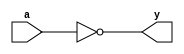
module _inv(a,y); //inverter gate
  input a;
  output y;
  assign y=~a; //NOT operation
endmodule

module _buf(a,y); //buffer gate
  input a;
  output y;
  assign y=a;
endmodule

module _nand2(a,b,y); //2-to-1 NAND gate
  input a,b;
  output y;
  assign y=~(a&b); //NAND operation
endmodule

module _nand3(a,b,c,y); //3-to-1 NAND gate
  input a,b,c;
  output y;
  assign y=~(a&b&c); //NAND operation
endmodule

module _and2(a,b,y); //2-to-1 AND gate
  input a,b;
  output y;
  assign y=a&b; //AND operation
endmodule


module _or2(a,b,y); //2-to-1 OR gate
  input a,b;
  output y;
  assign y=a|b; //OR operation
endmodule


module _nor3(a,b,c,y); //3-to-1 NOR gate
  input a,b,c;
  output y;
  assign y=~(a|b|c); //NOR operation
endmodule


module _xor2(a,b,y); //2-to-1 XOR gate
  input a,b;
  output y;
  wire inv_a, inv_b;
  wire w0, w1;
  
  _inv U0_inv(.a(a), .y(inv_a)); //inverter module instance
  _inv U1_inv(.a(b), .y(inv_b));
  
  _and2 U2_and(.a(inv_a), .b(b), .y(w0)); //AND module instance
  _and2 U3_and(.a(a), .b(inv_b), .y(w1));
  
  _or2 U4_or(.a(w0), .b(w1), .y(y)); //OR module instance
endmodule


module _and3(a,b,c,y); //3-to-1 AND gate
  input a,b,c;
  output y;
  assign y=a&b&c; //AND operation
endmodule


module _and4(a,b,c,d,y); //4-to-1 AND gate
  input a,b,c,d;
  output y;
  assign y=a&b&c&d; //AND operation
endmodule


module _and5(a,b,c,d,e,y); //5-to-1 AND gate
  input a,b,c,d,e;
  output y;
  assign y=a&b&c&d&e; //AND operation
endmodule


module _or3(a,b,c,y); //3-to-1 OR gate
  input a,b,c;
  output y;
  assign y=a|b|c; //OR operation
endmodule


module _or4(a,b,c,d,y); //4-to-1 OR gate
  input a,b,c,d;
  output y;
  assign y=a|b|c|d; //OR operation
endmodule


module _or5(a,b,c,d,e,y); //5-to-1 OR gate
  input a,b,c,d,e;
  output y;
  assign y=a|b|c|d|e; //OR operation
endmodule


module _inv_4bits(a,y); //4 bits inverter
  input [3:0] a;
  output [3:0] y;
  assign y=~a; 
endmodule


module _and2_4bits(a,b,y); //4 bits 2-to-1 and gate
  input [3:0] a,b;
  output [3:0] y; 
  assign y=a&b; 
endmodule


module _or2_4bits(a,b,y); //4 bits 2-to-1 or gate
  input [3:0] a,b; 
  output [3:0] y; 
  assign y=a|b;
endmodule


module _xor2_4bits(a,b,y); //4 bits 2-to-1 exclusive or gate
  input [3:0] a,b; 
  output [3:0] y;
  _xor2 U0_xor2(.a(a[0]), .b(b[0]), .y(y[0])); 
  _xor2 U1_xor2(.a(a[1]), .b(b[1]), .y(y[1])); 
  _xor2 U2_xor2(.a(a[2]), .b(b[2]), .y(y[2])); 
  _xor2 U3_xor2(.a(a[3]), .b(b[3]), .y(y[3])); 
endmodule


module _xnor2_4bits(a,b,y); //4 bits 2-to-1 exclusive nor gate
  input [3:0] a,b; 
  output [3:0] y;
  wire [3:0] w0;
  _xor2_4bits U0_xor2_4bits(.a(a), .b(b), .y(w0)); 
  _inv_4bits  U1_inv_4bits(.a(w0), .y(y)); 
endmodule


module _inv_32bits(a,y); //32 bits inverter
  input [31:0] a; 
  output [31:0] y; 
  assign y=~a; 
endmodule


module _and2_32bits(a,b,y); //32 bits 2-to-1 and gate
  input [31:0] a,b; 
  output [31:0] y; 
  assign y=a&b;
endmodule


module _or2_32bits(a,b,y); //32 bits 2-to-1 or gate
  input [31:0] a,b; 
  output [31:0] y; 
  assign y=a|b;
endmodule


module _xor2_32bits(a, b, y); //32 bits exclusive xor gate
  input [31:0] a,b; 
  output [31:0] y;
  _xor2_4bits U0_xor2_4bits(.a(a[3:0]), .b(b[3:0]), .y(y[3:0])); 
  _xor2_4bits U1_xor2_4bits(.a(a[7:4]), .b(b[7:4]), .y(y[7:4]));
  _xor2_4bits U2_xor2_4bits(.a(a[11:8]), .b(b[11:8]), .y(y[11:8])); 
  _xor2_4bits U3_xor2_4bits(.a(a[15:12]), .b(b[15:12]), .y(y[15:12])); 
  _xor2_4bits U4_xor2_4bits(.a(a[19:16]), .b(b[19:16]), .y(y[19:16])); 
  _xor2_4bits U5_xor2_4bits(.a(a[23:20]), .b(b[23:20]), .y(y[23:20]));
  _xor2_4bits U6_xor2_4bits(.a(a[27:24]), .b(b[27:24]), .y(y[27:24])); 
  _xor2_4bits U7_xor2_4bits(.a(a[31:28]), .b(b[31:28]), .y(y[31:28]));
endmodule


module _xnor2_32bits(a, b, y); //32 bits exclusive xnor gate
  input [31:0] a,b; 
  output [31:0] y;
  _xnor2_4bits U0_xnor2_4bits(.a(a[3:0]), .b(b[3:0]), .y(y[3:0]));
  _xnor2_4bits U1_xnor2_4bits(.a(a[7:4]), .b(b[7:4]), .y(y[7:4]));
  _xnor2_4bits U2_xnor2_4bits(.a(a[11:8]), .b(b[11:8]), .y(y[11:8]));
  _xnor2_4bits U3_xnor2_4bits(.a(a[15:12]), .b(b[15:12]), .y(y[15:12]));
  _xnor2_4bits U4_xnor2_4bits(.a(a[19:16]), .b(b[19:16]), .y(y[19:16]));
  _xnor2_4bits U5_xnor2_4bits(.a(a[23:20]), .b(b[23:20]), .y(y[23:20]));
  _xnor2_4bits U6_xnor2_4bits(.a(a[27:24]), .b(b[27:24]), .y(y[27:24]));
  _xnor2_4bits U7_xnor2_4bits(.a(a[31:28]), .b(b[31:28]), .y(y[31:28]));
endmodule